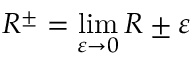
R ^ { \pm } = \operatorname* { l i m } _ { \varepsilon \to 0 } R \pm \varepsilon